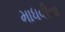
માધવીના